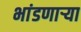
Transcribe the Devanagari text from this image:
भांडणाऱ्या